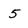
Character: 5